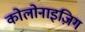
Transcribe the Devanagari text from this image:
कोलोनाइज़िग